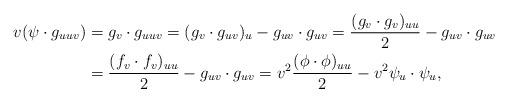
LaTeX: \begin{align*} v(\psi\cdot g_{uuv}) &=g_v\cdot g_{uuv}=(g_v\cdot g_{uv})_u-g_{uv}\cdot g_{uv} =\frac{(g_v\cdot g_{v})_{uu}}2-g_{uv}\cdot g_{uv} \\ &=\frac{(f_v\cdot f_{v})_{uu}}2-g_{uv}\cdot g_{uv} =v^2\frac{(\phi\cdot \phi)_{uu}}2-v^2 \psi_{u}\cdot \psi_{u}, \end{align*}